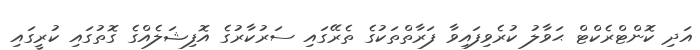
އަދި ކޮންޓްރެކްޓް ޙަވާލު ކުރެވިފައިވާ ފަރާތްތަކުގެ ތެރޭގައި ސަރުކާރުގެ އޮފިޝަލެއްގެ ގޮތުގައި ކުރީގައި